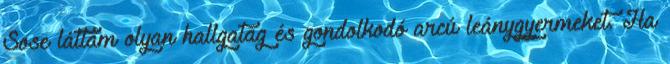
Sose láttam olyan hallgatag és gondolkodó arcú leánygyermeket. Ha